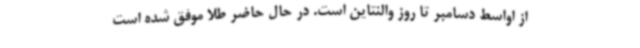
از اواسط دسامبر تا روز والنتاین است. در حال حاضر طلا موفق شده است